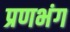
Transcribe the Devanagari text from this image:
प्रणभंग